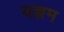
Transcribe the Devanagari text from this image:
यज्ञम